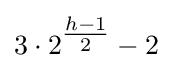
3\cdot 2^{\tfrac {h-1}{2}}-2